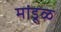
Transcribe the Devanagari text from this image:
मांडूळ